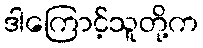
ဒါကြောင့်သူတို့က